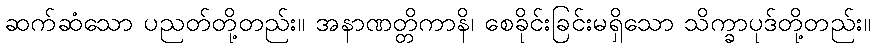
ဆက်ဆံသော ပညတ်တို့တည်း။ အနာဏတ္တိကာနိ၊ စေခိုင်းခြင်းမရှိသော သိက္ခာပုဒ်တို့တည်း။